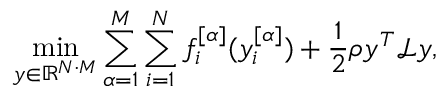
\operatorname* { m i n } _ { y \in \mathbb { R } ^ { N \cdot M } } \sum _ { \alpha = 1 } ^ { M } \sum _ { i = 1 } ^ { N } f _ { i } ^ { [ \alpha ] } ( y _ { i } ^ { [ \alpha ] } ) + \frac { 1 } { 2 } \rho y ^ { T } \mathcal { L } y ,